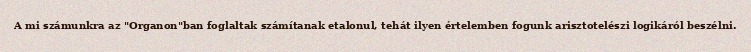
A mi számunkra az "Organon"ban foglaltak számítanak etalonul, tehát ilyen értelemben fogunk arisztotelészi logikáról beszélni.